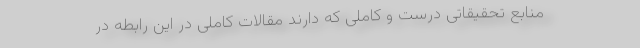
منابع تحقیقاتی درست و کاملی که دارند مقالات کاملی در این رابطه در